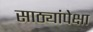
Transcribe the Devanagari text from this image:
साठ्यांपेक्षा